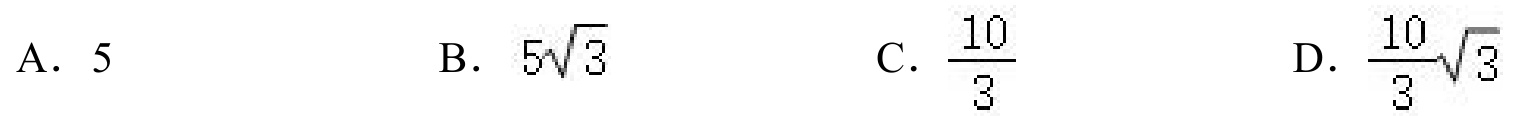
A. \(5\)  B. \(5\sqrt{3}\)  C. \(\frac{10}{3}\)  D. \(\frac{10}{3}\sqrt{3}\)